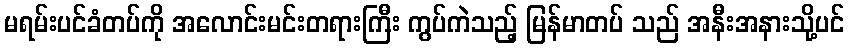
မရမ်းပင်ခံတပ်ကို အလောင်းမင်းတရားကြီး ကွပ်ကဲသည့် မြန်မာတပ် သည် အနီးအနားသို့ပင်